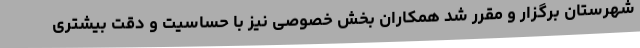
شهرستان برگزار و مقرر شد همکاران بخش خصوصی نیز با حساسیت و دقت بیشتری